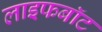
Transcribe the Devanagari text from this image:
लाइफबाॅट